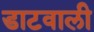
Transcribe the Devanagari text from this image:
डाटवाली